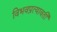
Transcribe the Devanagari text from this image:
विभवप्रत्यावर्ती